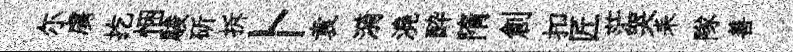
尓虜扢悃駿斫拆卜袁漪澆酔隋創扣匠茫哭耒隊善